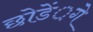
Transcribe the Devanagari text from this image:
छोडें़गे